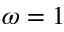
\omega = 1